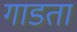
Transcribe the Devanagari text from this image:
गाडता